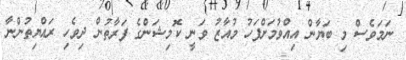
ނަމަވެސް މި ބަޔާން އިއްވުމަށްފަހު މުއާޒު ވަނީ ކޮމިޝަންގެ ފަރާތުން ދިވެހި ރައްޔިތުންނާ